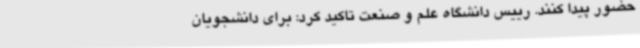
حضور پیدا کنند. رییس دانشگاه علم و صنعت تاکید کرد: برای دانشجویان